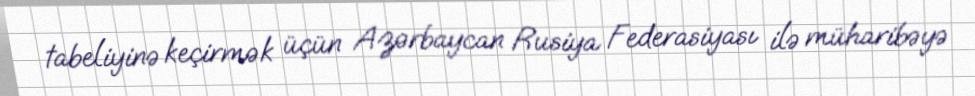
tabeliyinə keçirmək üçün Azərbaycan Rusiya Federasiyası ilə müharibəyə